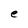
Character: e